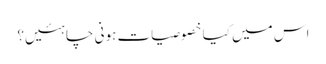
اس میں کیا خصوصیات ہونی چاہئیں؟